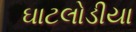
ઘાટલોડીયા